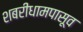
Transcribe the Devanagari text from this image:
शबरीधामपासूव